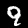
Label: 9